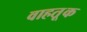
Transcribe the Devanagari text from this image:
वाहतू़क